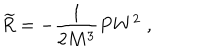
LaTeX: \widetilde { R } = - \frac 1 { 2 M ^ { 3 } } P W ^ { 2 } \; ,